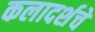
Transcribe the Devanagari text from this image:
कलादर्शचे